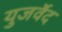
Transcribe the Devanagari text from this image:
युजर्वेद